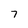
Character: 7